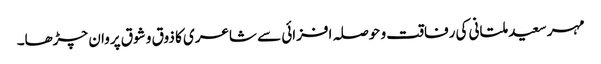
مہر سعید ملتانی کی رفاقت و حوصلہ افزائی سے شاعری کا ذوق و شوق پروان چڑھا۔